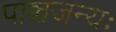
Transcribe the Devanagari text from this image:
पाञ्चजन्यः